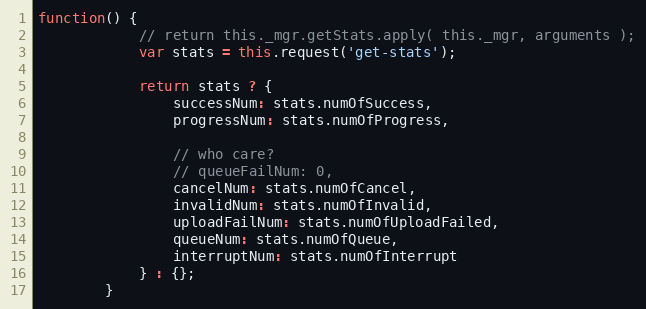
Language: JavaScript
function() {
            // return this._mgr.getStats.apply( this._mgr, arguments );
            var stats = this.request('get-stats');

            return stats ? {
                successNum: stats.numOfSuccess,
                progressNum: stats.numOfProgress,

                // who care?
                // queueFailNum: 0,
                cancelNum: stats.numOfCancel,
                invalidNum: stats.numOfInvalid,
                uploadFailNum: stats.numOfUploadFailed,
                queueNum: stats.numOfQueue,
                interruptNum: stats.numOfInterrupt
            } : {};
        }